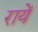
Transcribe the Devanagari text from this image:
रायें